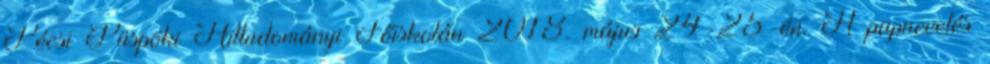
Pécsi Püspöki Hittudományi Főiskolán 2018. május 24-25-én. A papnevelés